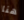
هنا